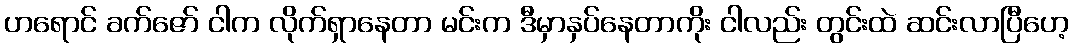
ဟရောင် ခက်ဇော် ငါက လိုက်ရှာနေတာ မင်းက ဒီမှာနှပ်နေတာကိုး ငါလည်း တွင်းထဲ ဆင်းလာပြီဟေ့